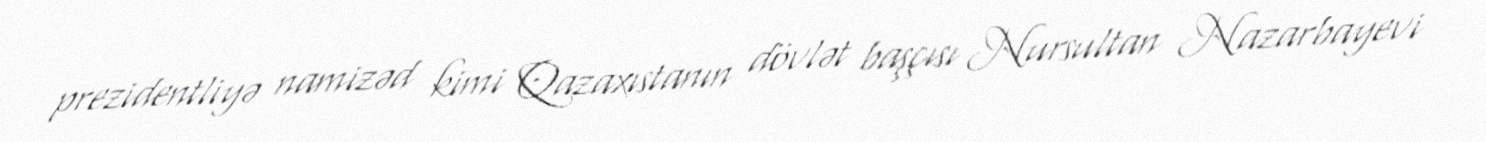
prezidentliyə namizəd kimi Qazaxıstanın dövlət başçısı Nursultan Nazarbayevi